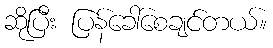
ဆိုပြီး ပြန်ခေါ်စေချင်တယ်။